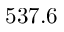
5 3 7 . 6